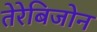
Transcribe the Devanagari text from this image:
तेरेबिजोन